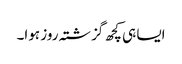
ایسا ہی کچھ گزشتہ روز ہوا۔